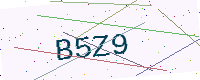
Text: B5Z9